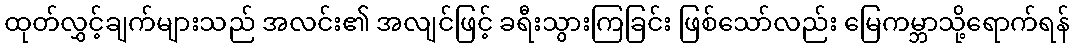
ထုတ်လွှင့်ချက်များသည် အလင်း၏ အလျင်ဖြင့် ခရီးသွားကြခြင်း ဖြစ်သော်လည်း မြေကမ္ဘာသို့ရောက်ရန်